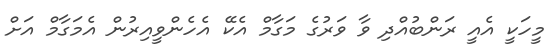
މީހަކީ އެއީ ރަންބުއްދި ވާ ވަރުގެ މަގާމް އެކޭ އެެހެންވީއިރުން އެމަގާމް އަށް